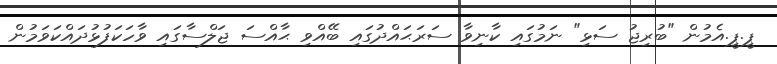
ޕީ.ޕީ.އެމުން "ބުރިޖު ސަޅި" ނަމުގައި ކާނިވާ ސަރަޙައްދުގައި ބޭއްވި ޙާއްސަ ޖަލްސާގައި ވާހަކަފުޅުދައްކަވަމުން